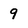
Character: 9